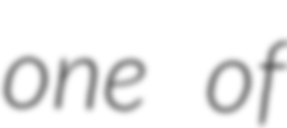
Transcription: one of